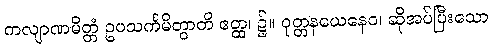
ကလျာဏမိတ္တံ ဥပသင်္ကမိတွာတိ ဧတ္ထ၊ ၌။ ဝုတ္တနယေနေဝ၊ ဆိုအပ်ပြီးသော